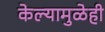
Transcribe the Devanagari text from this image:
केल्यामुळेही